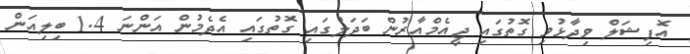
އޮފިޝަލް ވިދާޅުވި ގޮތުގައި ޖީއެމްއާރުން ބަދަލުގައި ގޮތުގައި އެދެމުން އަންނަ 1.4 ބިލިއަން